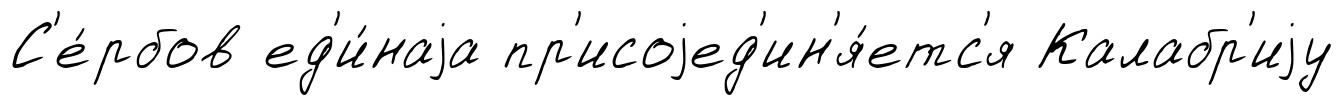
С'е́рбов ед'и́наjа пр'исоjед'ин'я́етс'я Калабр'иjу